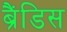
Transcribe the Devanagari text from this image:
ब्रैंडिस